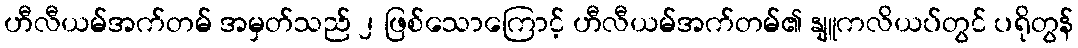
ဟီလီယမ်အက်တမ် အမှတ်သည် ၂ ဖြစ်သောကြောင့် ဟီလီယမ်အက်တမ်၏ နျူကလိယပ်တွင် ပရိုတွန်